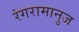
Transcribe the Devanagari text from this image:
रंगरामानुज